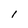
Character: I